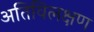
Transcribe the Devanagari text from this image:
अतिविलक्षण